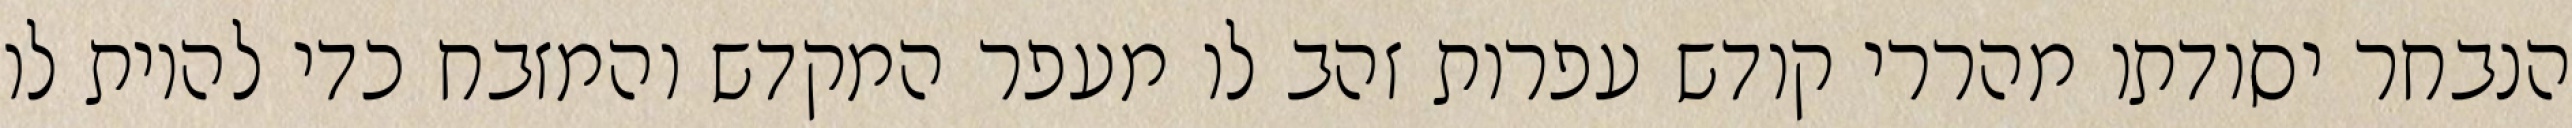
הנבחר יסודתו מהררי קודש עפרות זהב לו מעפר המקדש והמזבח כדי להיות לו